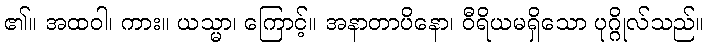
၏။ အထဝါ၊ ကား။ ယသ္မာ၊ ကြောင့်။ အနာတာပိနော၊ ဝီရိယမရှိသော ပုဂ္ဂိုလ်သည်။